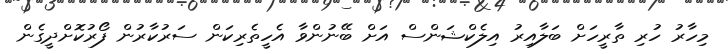
މިހާރު ހުރި ތާރީހަށް ބަލާއިރު އިލެކްޝަންސް އަށް ބޭނުންވާ އެހީތެރިކަން ސަރުކާރުން ފޯރުކޮށްދީގެން